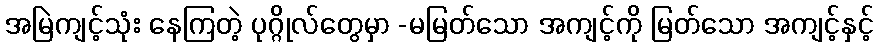
အမြဲကျင့်သုံး နေကြတဲ့ ပုဂ္ဂိုလ်တွေမှာ -မမြတ်သော အကျင့်ကို မြတ်သော အကျင့်နှင့်